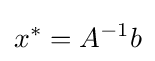
x^{*}=A^{-1}b